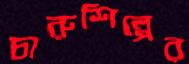
চারুশিল্পের